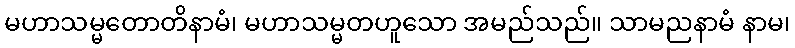
မဟာသမ္မတောတိနာမံ၊ မဟာသမ္မတဟူသော အမည်သည်။ သာမညနာမံ နာမ၊